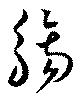
觴